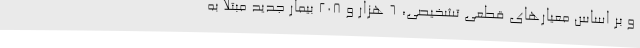
و بر اساس معیارهای قطعی تشخیصی، 6 هزار و 208 بیمار جدید مبتلا به